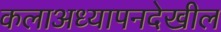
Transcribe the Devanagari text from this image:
कलाअध्यापनदेखील